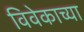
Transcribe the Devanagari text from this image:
विवेकाच्या